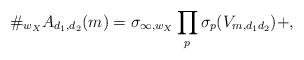
LaTeX: \begin{align*}\#_{w_X}A_{d_1,d_2}(m)=\sigma_{\infty,w_X}\prod_{p}\sigma_p(V_{m,d_1d_2})+ ,\end{align*}